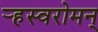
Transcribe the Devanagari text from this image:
र्‍हस्वरोमन्